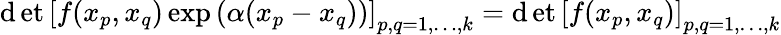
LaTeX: \operatorname*{\mathrm{d}et}\left[f(x_{p},x_{q})\exp\left(\alpha(x_{p}-x_{q})\right)\right]_{p,q=1,\ldots,k}=\operatorname*{\mathrm{d}et}\left[f(x_{p},x_{q})\right]_{p,q=1,\ldots,k}